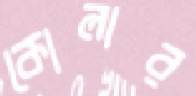
কোলার